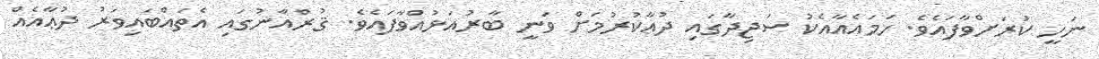
ނަހީ ކުރަށްވާފައެވެ. ހަމައެއާއެކު ސަޖިދާގައި ދުޢާކުރުމަށް ވަނީ ބާރުއަޅުއްވާފައެވެ. ޤުރްއާނުގައި އެތައްބައިވަރު ދުޢާއެއް